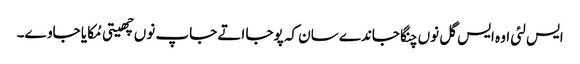
ایس لئی اوہ ایس گل نوں چنگا جاندے سان کہ پوجا اتے جاپ نوں چھیتی مُکایا جاوے۔